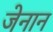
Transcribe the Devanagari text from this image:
जेनान